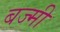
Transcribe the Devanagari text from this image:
बज्मी